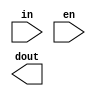
/*--  *******************************************************
--  Computer Architecture Course, Laboratory Sources 
--  Amirkabir University of Technology (Tehran Polytechnic)
--  Department of Computer Engineering (CE-AUT)
--  https://ce[dot]aut[dot]ac[dot]ir
--  *******************************************************
--  All Rights reserved (C) 2019-2020
--  *******************************************************
--  Student ID  : 
--  Student Name: 
--  Student Mail: 
--  *******************************************************
--  Additional Comments:
--
--*/

/*-----------------------------------------------------------
---  Module Name: Decoder 4 to 16
---  Description: Lab 05 Part 2
-----------------------------------------------------------*/
`timescale 1 ns/1 ns

module decoder4x16 (
	input [3:0] in ,
	input 		en ,
	output [15:0] dout
);
	/* write your code here */
	
	/* write your code here */

endmodule